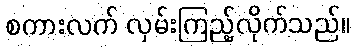
စကားလက် လှမ်းကြည့်လိုက်သည်။